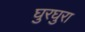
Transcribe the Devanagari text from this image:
घुरघुरा